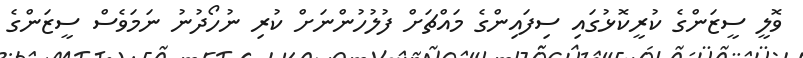
ވޮލީ ސީޒަންގެ ކުރީކޮޅުގައި ސިފައިންގެ މައްޗަށް ފުލުހުންނަށް ކުރި ނުހޯދުނު ނަމަވެސް ސީޒަންގެ